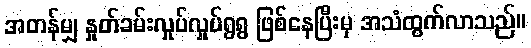
အတန်မျှ နှုတ်ခမ်းလှုပ်လှုပ်ရွရွ ဖြစ်နေပြီးမှ အသံထွက်လာသည်။